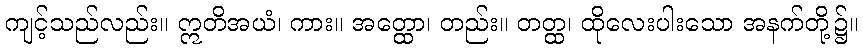
ကျင့်သည်လည်း။ ဣတိအယံ၊ ကား။ အတ္ထော၊ တည်း။ တတ္ထ၊ ထိုလေးပါးသော အနက်တို့၌။